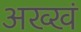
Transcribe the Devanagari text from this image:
अख्खं